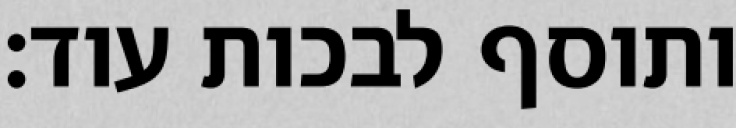
ותוסף לבכות עוד: